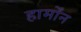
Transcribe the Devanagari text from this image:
हार्मोंन